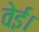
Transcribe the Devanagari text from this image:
वेई।